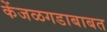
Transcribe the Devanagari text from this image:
केंजळगडाबाबत